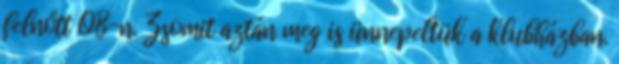
felnőtt OB-n. Zsomit aztán meg is ünnepeltük a klubházban.